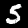
Digit: 5